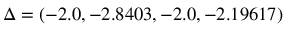
\Delta = ( - 2 . 0 , - 2 . 8 4 0 3 , - 2 . 0 , - 2 . 1 9 6 1 7 )